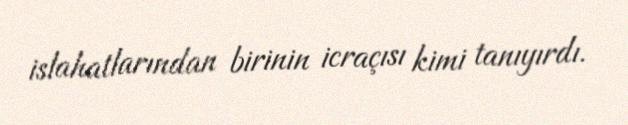
islahatlarından birinin icraçısı kimi tanıyırdı.